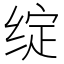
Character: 绽